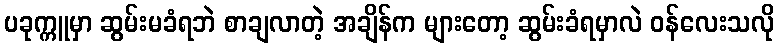
ပခုက္ကူမှာ ဆွမ်းမခံရဘဲ စာချလာတဲ့ အချိန်က များတော့ ဆွမ်းခံရမှာလဲ ဝန်လေးသလို